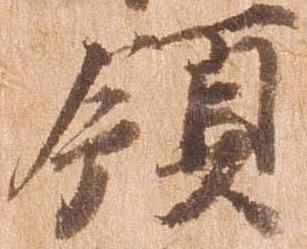
領